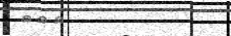
١١٤